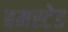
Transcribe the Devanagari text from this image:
बमस्टेड